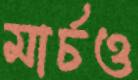
মার্চও